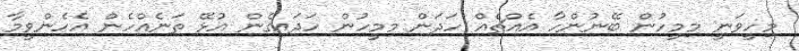
މިހީވަނީ މިމީހުން ބޭނުންހާ އެއްޗެއް ހަދަން މިމީހުން ހަދައިގެން އުޅޭ ތަނެއްހެން އެހެންވީމާ